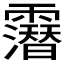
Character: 𲊐